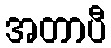
အတာပီ